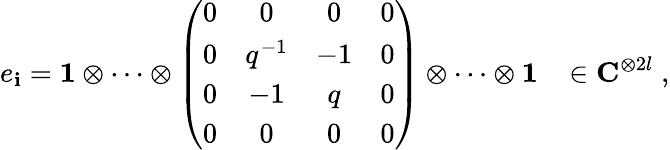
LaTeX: e_{\mathbf{i}}={\mathbf{1}}\otimes\cdots\otimes\left(\begin{array}{cccc}{{0}}&{{0}}&{{0}}&{{0}}\\ {{0}}&{{q^{-1}}}&{{-1}}&{{0}}\\ {{0}}&{{-1}}&{{q}}&{{0}}\\ {{0}}&{{0}}&{{0}}&{{0}}\end{array}\right)\otimes\cdots\otimes{\mathbf{1}}\; \; \; \in{\mathbf{C}}^{\otimes2l}\; ,